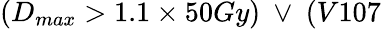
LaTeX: (D_{max}>1.1\times 50Gy)~\lor~(V107\